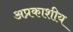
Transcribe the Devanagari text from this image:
अप्रकाशीय